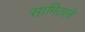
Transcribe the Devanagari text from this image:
सागितले